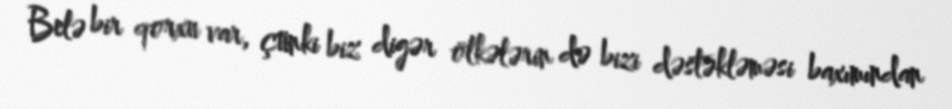
Belə bir qorxu var, çünki biz digər ölkələrin də bizi dəstəkləməsi baxımından